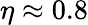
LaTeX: \eta\approx 0.8